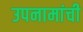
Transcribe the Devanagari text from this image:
उपनामांची